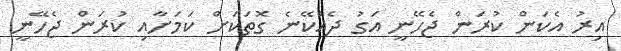
އިރު އެކަން ކުރަން ޖެހޭނީ އަގު ދެއްކޭނެ ގޮތަކަށް ކަމަށާއި ކުރަން ޖެހޭނީ